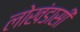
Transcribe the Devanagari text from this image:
लोखंडासी